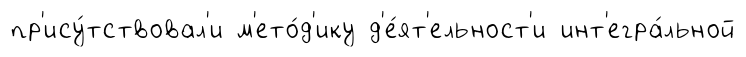
пр'ису́тствовал'и м'ето́д'ику д'е́ят'ельност'и инт'егра́льной